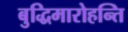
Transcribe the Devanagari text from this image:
बुद्धिमारोहन्ति